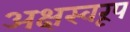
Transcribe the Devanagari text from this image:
अक्षस्वरूप